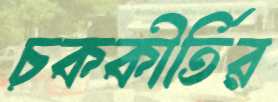
চককীর্তির